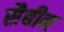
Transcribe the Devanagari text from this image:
सैबीन